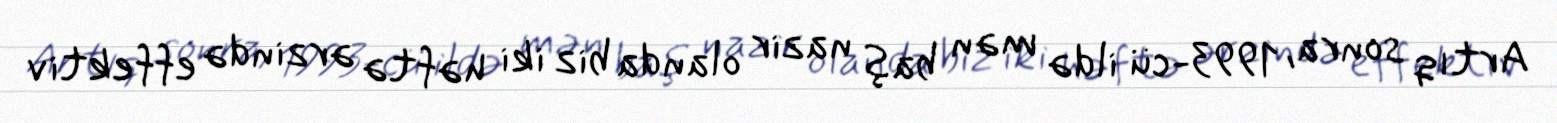
Artıq sonra, 1993-cü ildə mən baş nazir olanda biz iki həftə ərzində effektiv